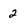
Character: 2